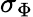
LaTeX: \sigma_{\Phi}